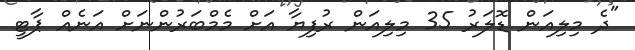
"ދެ މިލިއަން ޑޮލަރު 35 މިލިއަން ރުފިޔާ އަށް މެމްބަރުންނަށް އަނެއް ޕާޓީ